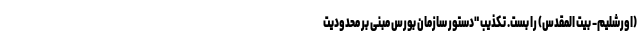
(اورشلیم- بیت المقدس) را بست. تکذیب "دستور سازمان بورس مبنی بر محدودیت